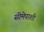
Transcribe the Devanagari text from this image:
सीमेपाशी